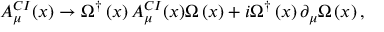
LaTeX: A _ { \mu } ^ { C I } ( x ) \rightarrow \Omega ^ { \dagger } \left( x \right) A _ { \mu } ^ { C I } ( x ) \Omega \left( x \right) + i \Omega ^ { \dagger } \left( x \right) \partial _ { \mu } \Omega \left( x \right) ,